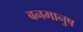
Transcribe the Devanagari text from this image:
बनमानुष